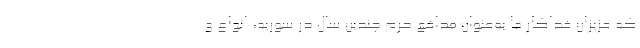
که عزیزان فداکار ما به‌عنوان مدافع حرم چندین سال در سوریه، انواع و